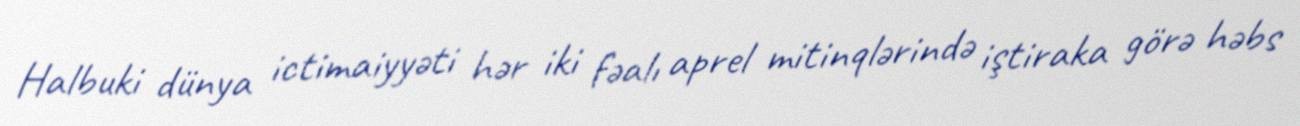
Halbuki dünya ictimaiyyəti hər iki fəalı aprel mitinqlərində iştiraka görə həbs